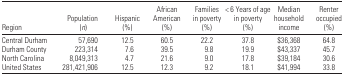
| Region | Population (n) | Hispanic (%) | African American (%) | Families in poverty (%) | < 6 Years of age in poverty (%) | Median household income | Renter occupied (%) |
 | --- | --- | --- | --- | --- | --- | --- | --- |
 | Central Durham | 57,690 | 12.5 | 60.5 | 22.2 | 37.8 | $36,368 | 64.8 |
 | Durham County | 223,314 | 7.6 | 39.5 | 9.8 | 19.9 | $43,337 | 45.7 |
 | North Carolina | 8,049,313 | 4.7 | 21.6 | 9.0 | 17.8 | $39,184 | 30.6 |
 | United States | 281,421,906 | 12.5 | 12.3 | 9.2 | 18.1 | $41,994 | 33.8 |